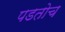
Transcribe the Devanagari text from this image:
पडतोच